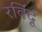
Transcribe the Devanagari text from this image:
रविंदू